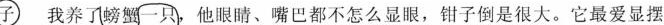
子 我养了螃蟹一只，他眼睛、嘴巴都不怎么显眼，钳子倒是很大。它最爱显摆